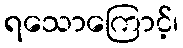
ရသောကြောင့်၊